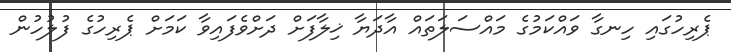
ޕެރިހުގައި ހިނގާ ވައްކަމުގެ މައްސަލަތައް އާދަޔާ ޚިލާފަށް ދަށްވެފައިވާ ކަމަށް ޕެރިހުގެ ފުލުހުން